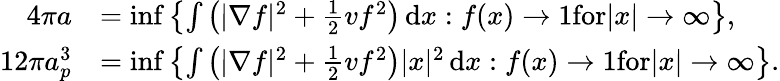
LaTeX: \begin{array}{rl}{4\pi a}&{=\operatorname*{inf}\left\{ \int\left(|\nabla f|^{2}+\frac{1}{2}vf^{2}\right)\, \textnormal{d}x:f(x)\to 1\textnormal{for}|x|\to\infty\right\} ,}\\ {12\pi a_{p}^{3}}&{=\operatorname*{inf}\left\{ \int\left(|\nabla f|^{2}+\frac{1}{2}vf^{2}\right)|x|^{2}\, \textnormal{d}x:f(x)\to 1\textnormal{for}|x|\to\infty\right\} .}\end{array}